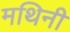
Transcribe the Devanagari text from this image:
मथिनी